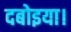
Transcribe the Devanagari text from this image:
दबोइया।